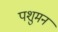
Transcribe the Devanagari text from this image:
पशुमन